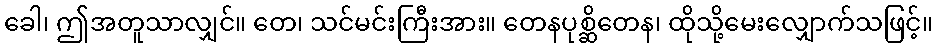
ခေါ၊ ဤအတူသာလျှင်။ တေ၊ သင်မင်းကြီးအား။ တေနပုစ္ဆိတေန၊ ထိုသို့မေးလျှောက်သဖြင့်။